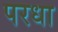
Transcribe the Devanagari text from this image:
परधा